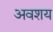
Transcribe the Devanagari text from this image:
अवशय